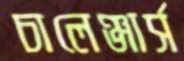
চালেঞ্জার্স